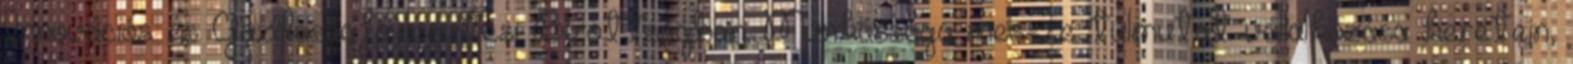
Innovációs és Gazdaságfejlesztési Bizottságban. Munkássága messze túlmutat vállalkozása keretein,